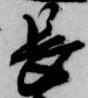
長